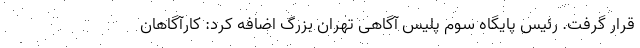
قرار گرفت. رئیس پایگاه سوم پلیس آگاهی تهران بزرگ اضافه کرد: کارآگاهان